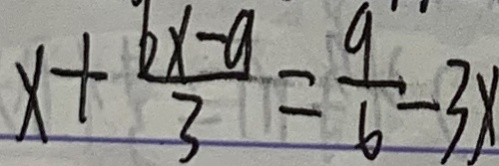
x + \frac { 6 x - 9 } { 3 } = \frac { 9 } { 6 } - 3 x